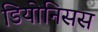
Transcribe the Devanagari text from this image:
डियोनिसस